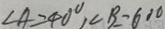
\angle A = 4 0 ^ { \circ } , \angle B = 6 0 ^ { \circ }